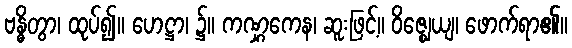
ဗန္ဓိတွာ၊ ထုပ်၍။ ဟေဋ္ဌာ၊ ၌။ ကဏ္ဋကေန၊ ဆူးဖြင့်။ ဝိဇ္ဈေယျ၊ ဖောက်ရာ၏။